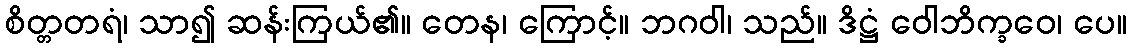
စိတ္တတရံ၊ သာ၍ ဆန်းကြယ်၏။ တေန၊ ကြောင့်။ ဘဂဝါ၊ သည်။ ဒိဋ္ဌံ ဝေါဘိက္ခဝေ၊ ပေ။